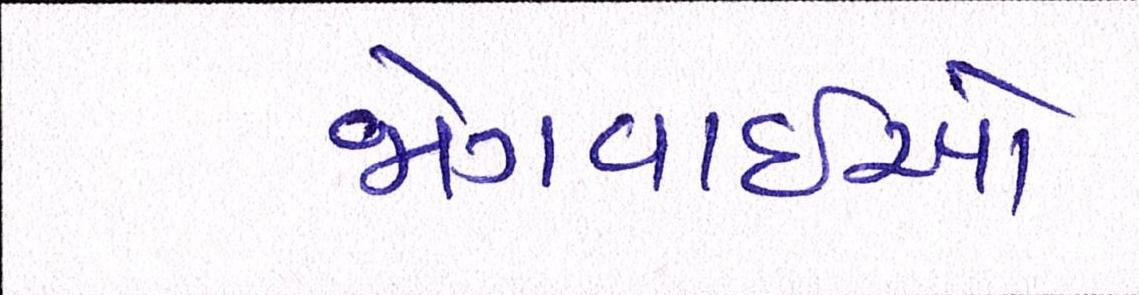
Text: જોગવાઇઓ